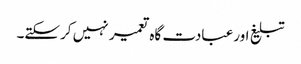
تبلیغ اورعبادت گاہ تعمیر نہیں کرسکتے۔